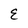
Character: E